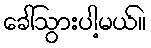
ခေါ်သွားပါ့မယ်။